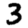
Digit: 3